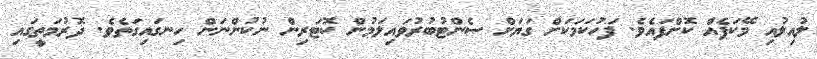
ލުއިލުއި މޭކަޕެއް ކޮށްފައެވެ. ފަހުކަމަކަށް ގަޔަށް ސެންޓުބުރުވައިލަމުން ކޮޓަރިން ނުކުންނަން ހިނގައިގަތެވެ. ދޮރުމަތީގައި